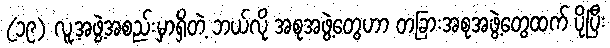
(၁၉) လူ့အဖွဲ့အစည်းမှာရှိတဲ့ ဘယ်လို အစုအဖွဲ့တွေဟာ တခြားအစုအဖွဲ့တွေထက် ပိုပြီး